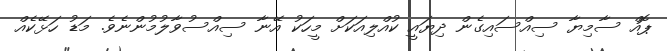
ޕޮއް ސާމިޔާ ސިއްސައިގެން ދިޔައީ ކުއްލިއަކަށް މީހަކު އޭނާ ސިއްސުވާލުމުންނެވެ. މަޑު ހަޅޭކެއް